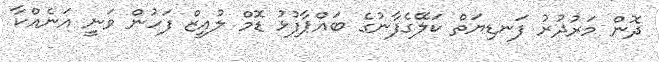
ދޮން މަރުދުރު ފަނޑިޔަތް ކަލޭގެފާނުގެ ބައްޕާފުޅު ޑޮމް ލުއީޒް ފަހުން ވަނީ އަނެއްކާ